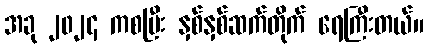
အခု ၂၀၂၄ ကစပြီး နှစ်နှစ်ဆက်တိုက် ရေကြီးတယ်။